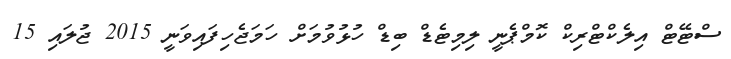
ސްޓޭޓް އިލެކްޓްރިކް ކޮމްޕެނީ ލިމިޓެޑް ބިޑް ހުޅުވުމަށް ހަމަޖެހިފައިވަނީ 2015 ޖުލައި 15